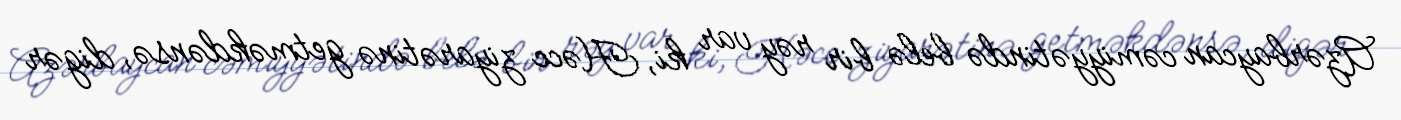
Azərbaycan cəmiyyətində belə bir rəy var ki, Həcc ziyarətinə getməkdənsə, digər